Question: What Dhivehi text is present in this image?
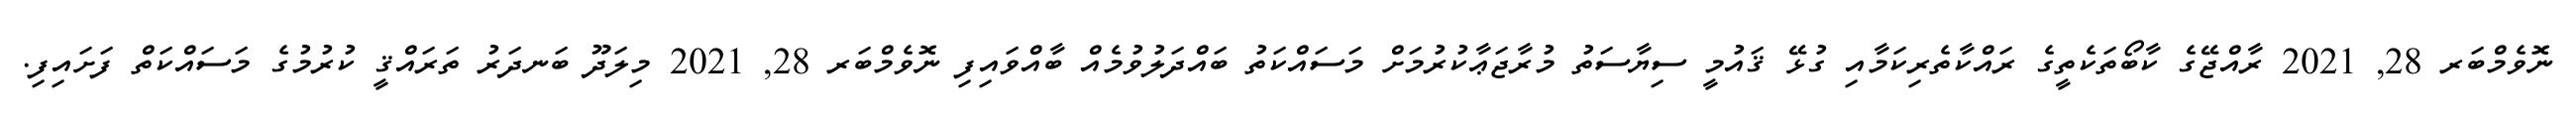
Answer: ނޮވެމްބަރ 28, 2021 ރާއްޖޭގެ ކާބޯތަކެތީގެ ރައްކާތެރިކަމާއި ގުޅޭ ޤައުމީ ސިޔާސަތު މުރާޖަޢާކުރުމަށް މަސައްކަތު ބައްދަލުވުމެއް ބާއްވައިފި ނޮވެމްބަރ 28, 2021 މިލަދޫ ބަނދަރު ތަރައްޤީ ކުރުމުގެ މަސައްކަތް ފަށައިފި.